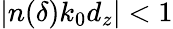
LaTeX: |n(\delta)k_{0}d_{z}|<1